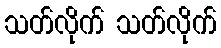
သတ်လိုက် သတ်လိုက်